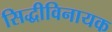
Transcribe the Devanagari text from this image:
सिद्धीविनायक